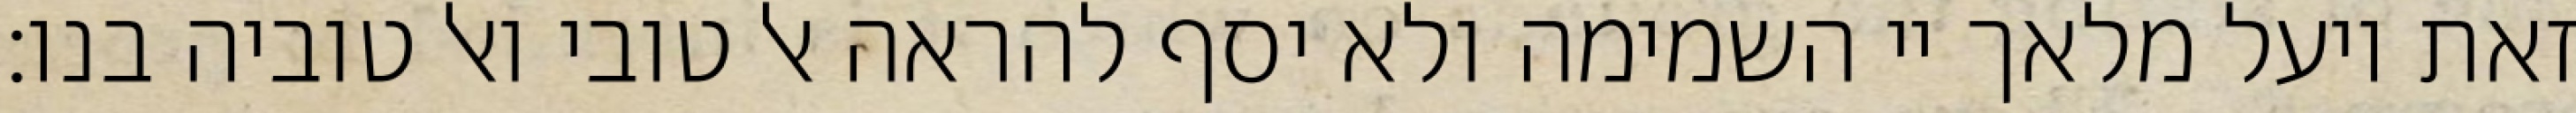
זאת ויעל מלאך יי השמימה ולא יסף להראה אל טובי ואל טוביה בנו: